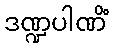
ဒဏ္ဍပါဏိံ